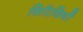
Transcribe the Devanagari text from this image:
विरिधियों